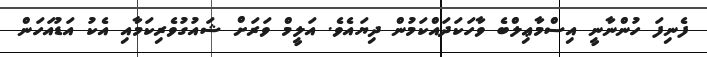
ފެނިފަ ހުންނާނީ އިސްމާޢިލްބެ ވާހަކަދައްކަމުން ދިޔައެވެ. އަލީމް ވަރަށް ޝައުގުވެރިކަމާއި އެކު އަޑުއަހަން